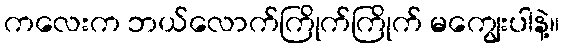
ကလေးက ဘယ်လောက်ကြိုက်ကြိုက် မကျွေးပါနဲ့။